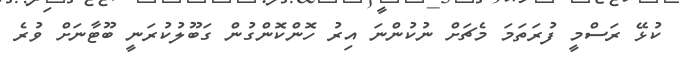
ކުޅޭ ރަސްމީ ފުރަތަމަ މެޗަށް ނުކުންނަ އިރު ހޮންކޮންގުން ގަބޫލުކުރަނީ ބޫޓާނަށް ވުރެ